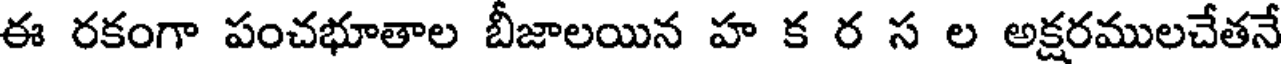
ఈ రకంగా పంచభూతాల బీజాలయిన హ క ర స ల అక్షరములచేతనే